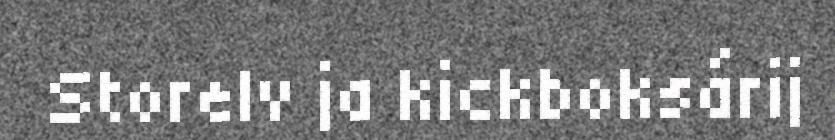
Storelv ja kickboksárij